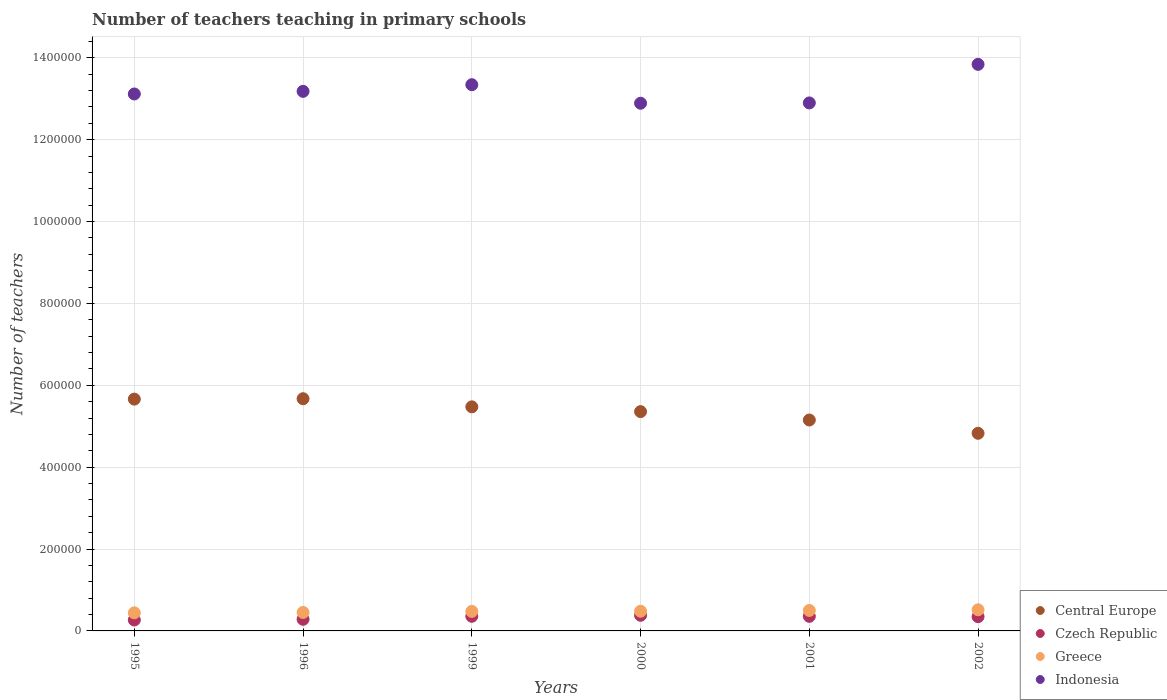
| Years | Central Europe | Czech Republic | Greece | Indonesia |
 | --- | --- | --- | --- | --- |
 | 1995 | 5.66e+05 | 2.67e+04 | 4.42e+04 | 1.31e+06 |
 | 1996 | 5.67e+05 | 2.84e+04 | 4.51e+04 | 1.32e+06 |
 | 1999 | 5.47e+05 | 3.58e+04 | 4.77e+04 | 1.33e+06 |
 | 2000 | 5.36e+05 | 3.82e+04 | 4.81e+04 | 1.29e+06 |
 | 2001 | 5.15e+05 | 3.56e+04 | 5e+04 | 1.29e+06 |
 | 2002 | 4.83e+05 | 3.48e+04 | 5.16e+04 | 1.38e+06 |